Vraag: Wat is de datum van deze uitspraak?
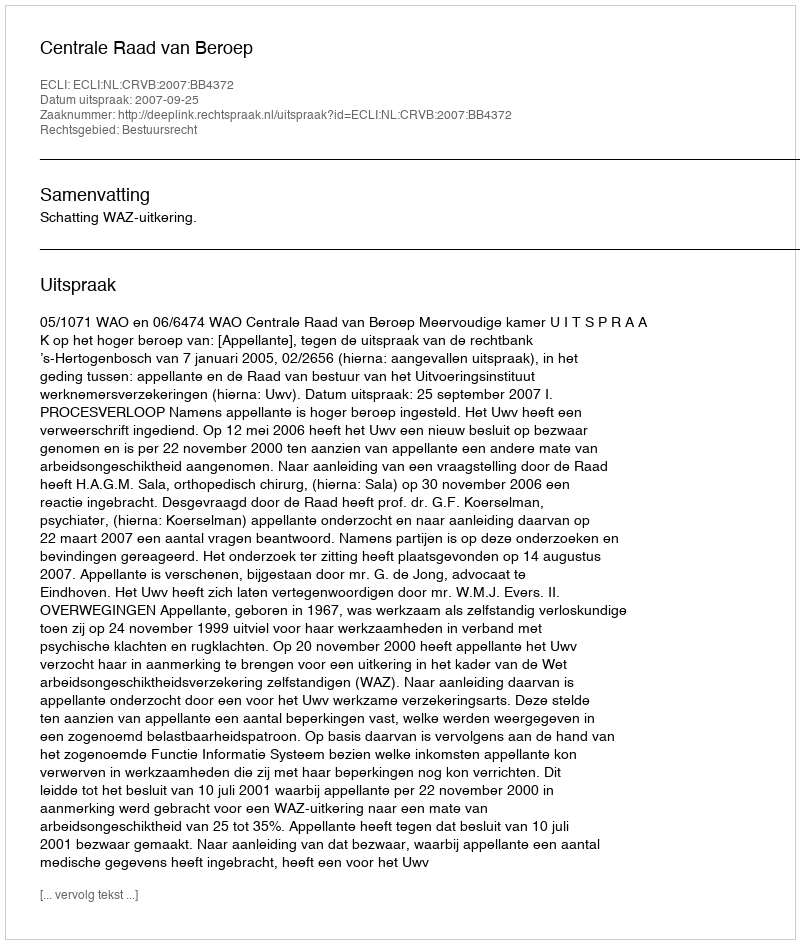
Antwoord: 2007-09-25